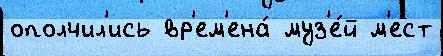
ополчил'ись вр'ем'ена́ муз'е́й м'ест